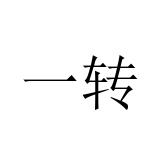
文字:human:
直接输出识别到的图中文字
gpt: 一转